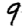
Digit: 9